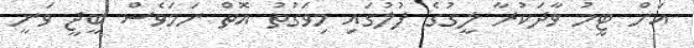
އަށް ޓީމު ވާދަކުރާ ލީގުގެ ފުލުގައި މިވަގުތު އޮތް ނަމަވެސް ބީޖީ ވަނީ